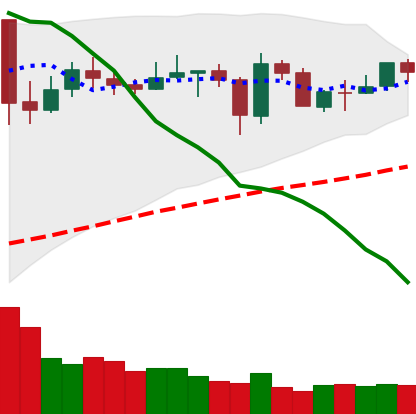
Ticker: NEO-USD
Chart end date: 2020-05-29
Forward return: 20.657%
Label: up_7plus